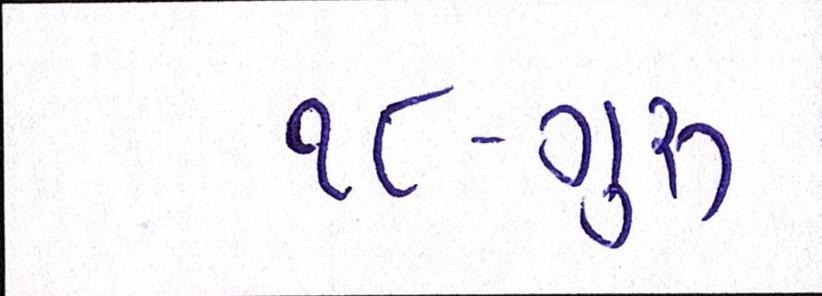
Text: ૧૮-ગુરૂ